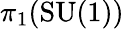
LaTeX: \pi_{1}(\mathrm{SU}(1))